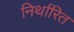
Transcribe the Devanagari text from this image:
निर्थारित